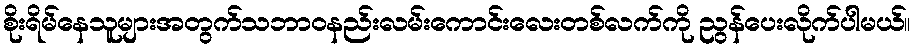
စိုးရိမ်နေသူများအတွက်သဘာဝနည်းလမ်းကောင်းလေးတစ်လက်ကို ညွန်ပေးလိုက်ပါမယ်။